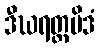
ဒီဃရတ္တမိဒံ